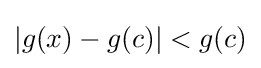
|g(x)-g(c)|<g(c)